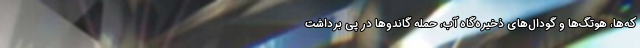
كه‌ها، هوتگ‌ها و گودال‌هاي ذخيره‌گاه آب، حمله گاندوها در پي برداشت